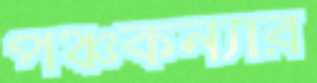
পঞ্চকন্যার